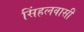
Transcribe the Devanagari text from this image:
सिंहलवासी